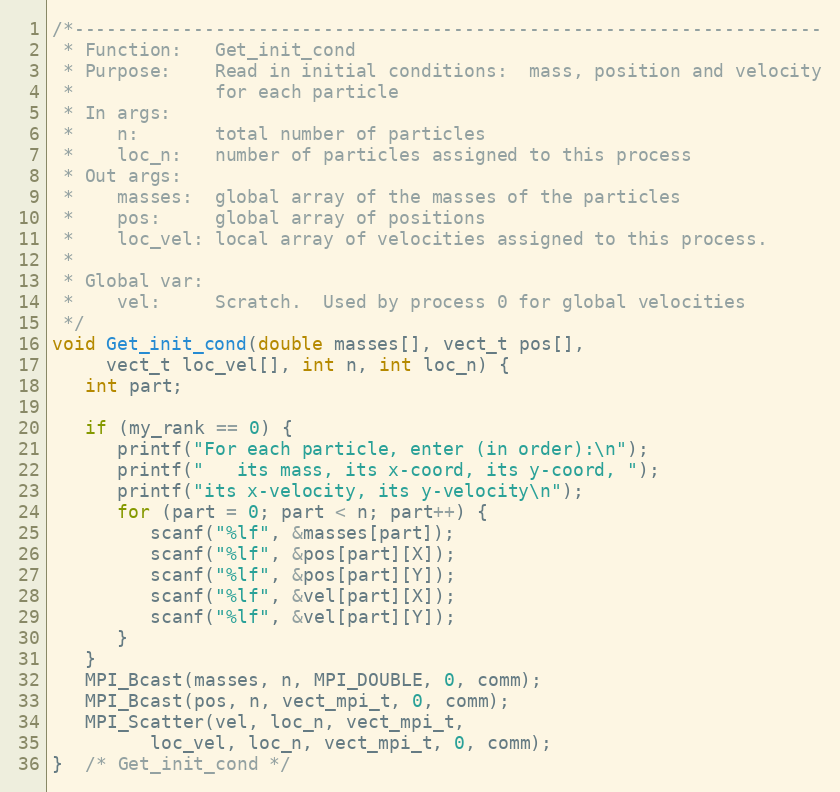
Language: C
/*---------------------------------------------------------------------
 * Function:   Get_init_cond
 * Purpose:    Read in initial conditions:  mass, position and velocity
 *             for each particle
 * In args:
 *    n:       total number of particles
 *    loc_n:   number of particles assigned to this process
 * Out args:
 *    masses:  global array of the masses of the particles
 *    pos:     global array of positions
 *    loc_vel: local array of velocities assigned to this process.
 *
 * Global var:
 *    vel:     Scratch.  Used by process 0 for global velocities
 */
void Get_init_cond(double masses[], vect_t pos[],
     vect_t loc_vel[], int n, int loc_n) {
   int part;

   if (my_rank == 0) {
      printf("For each particle, enter (in order):\n");
      printf("   its mass, its x-coord, its y-coord, ");
      printf("its x-velocity, its y-velocity\n");
      for (part = 0; part < n; part++) {
         scanf("%lf", &masses[part]);
         scanf("%lf", &pos[part][X]);
         scanf("%lf", &pos[part][Y]);
         scanf("%lf", &vel[part][X]);
         scanf("%lf", &vel[part][Y]);
      }
   }
   MPI_Bcast(masses, n, MPI_DOUBLE, 0, comm);
   MPI_Bcast(pos, n, vect_mpi_t, 0, comm);
   MPI_Scatter(vel, loc_n, vect_mpi_t,
         loc_vel, loc_n, vect_mpi_t, 0, comm);
}  /* Get_init_cond */